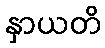
နှာယတိ